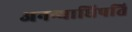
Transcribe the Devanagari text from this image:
अनन्याधिपति